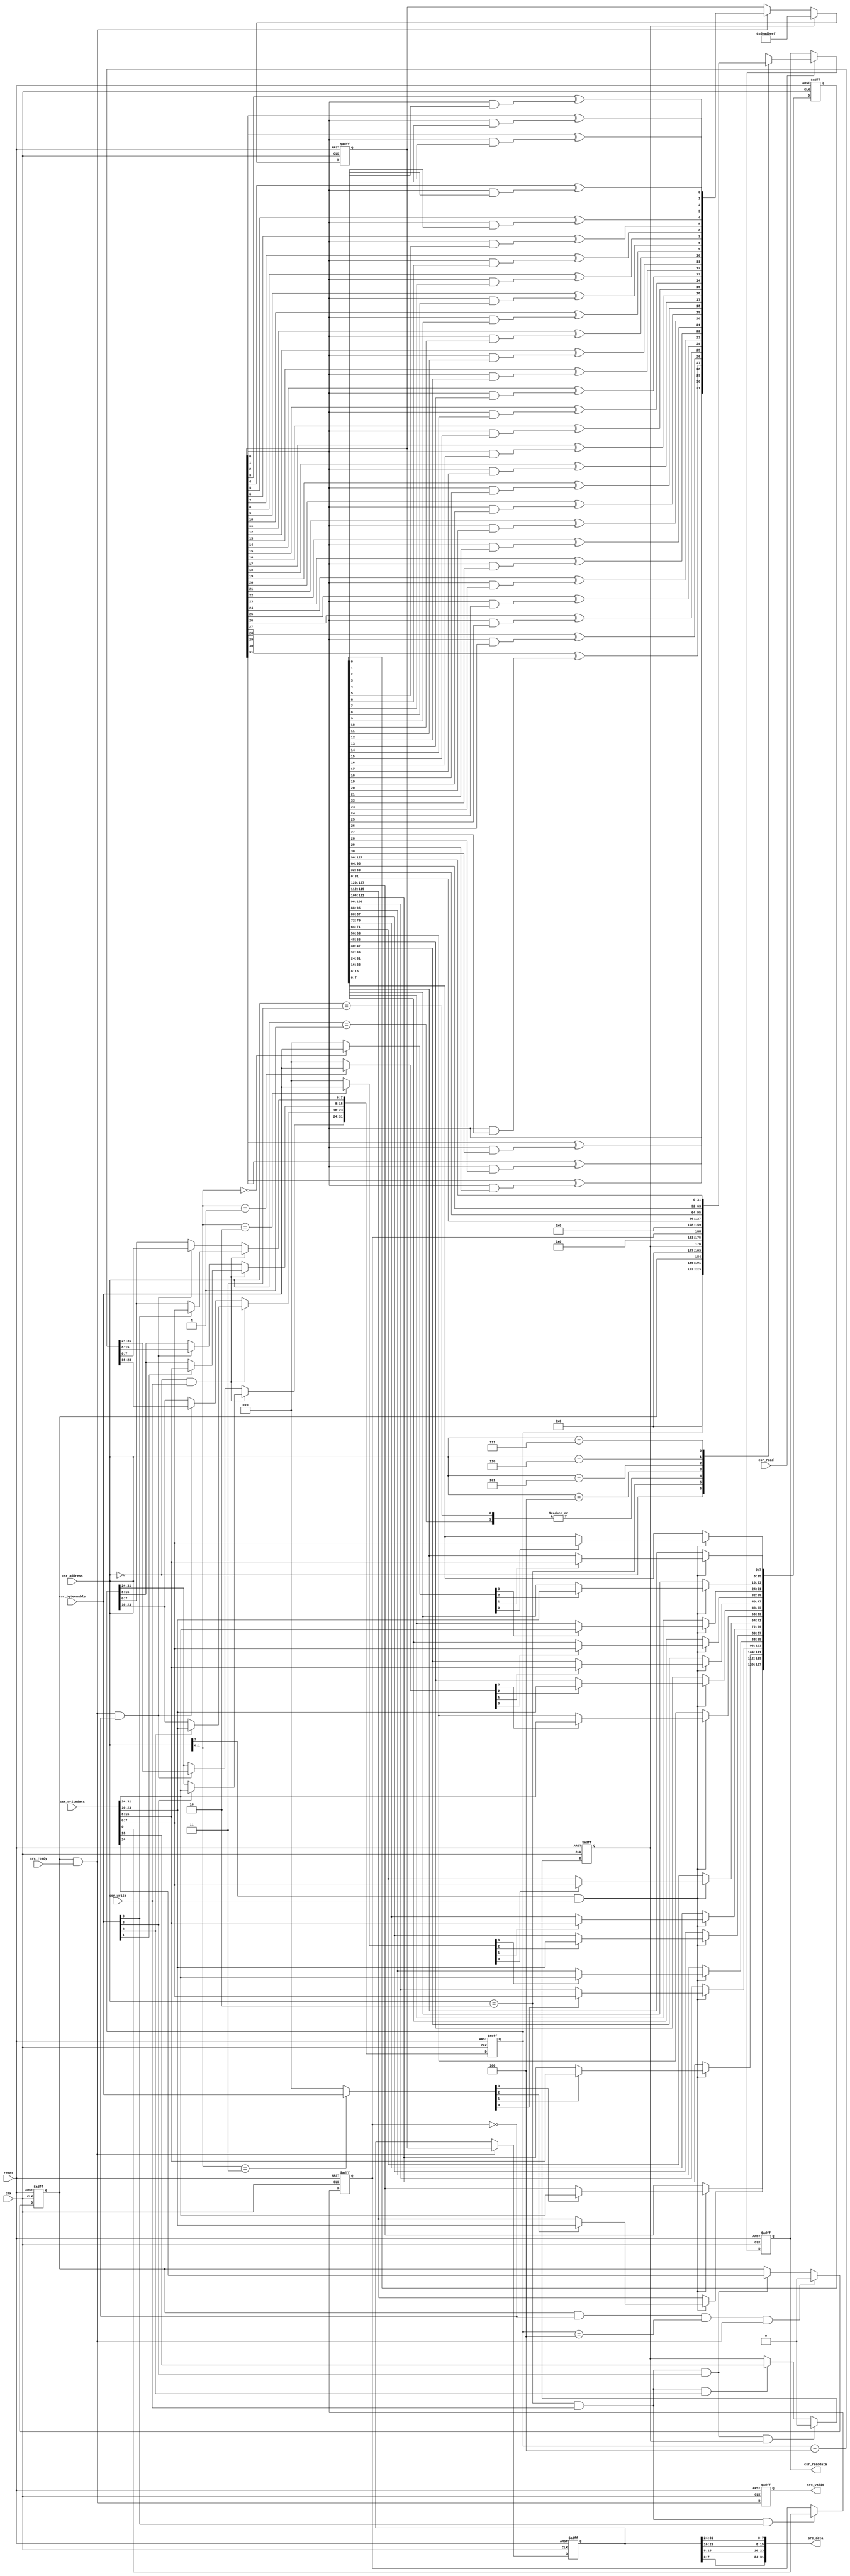
/*

PRBS generator core


Description:  This component is generates various PRBS patterns based on the data width chosen or a custom polynomial of your choosing.  When the host
              writes to the start bit of the CSR slave port the component will begin to send the contents from the PRBS pipeline to the data streaming
              port.  You should use the prbs checker component with this component.
              
              The following polynomials are used by default, you may overwrite them by writing the PRBS Polynomial at run time.  The following polynomials
              are used:
              
              Data width = 16 bits  --> PRBS-16 (taps [16, 14, 13, 11])
              Data width = 32 bits  --> PRBS-32 (taps [32, 30, 26, 25])
              Data width = 64 bits  --> PRBS-64 (taps [64, 63, 61, 60])
              Data width = 128 bits --> PRBS-128 (taps [128, 127, 126, 121])
              
              The PRBS polynomials do not include the implied '1' so if you provide your own custom polynomial do not program the implied '1'.  For example
              the PRBS-128 polynomial of x^128 + x^127 + x^126 + x^121 + 1 programs bits 127, 126, 125, and 120 high and the rest are low.  The generator
              is seeded a hardcoded value based on the data width.

Register map:

|-------------------------------------------------------------------------------------------------------------------------------------------------------|
|  Address   |   Access Type   |                                                            Bits                                                        |
|            |                 |------------------------------------------------------------------------------------------------------------------------|
|            |                 |            31..24            |            23..16            |            15..8            |            7..0            |
|-------------------------------------------------------------------------------------------------------------------------------------------------------|
|     0      |       r/w       |                                                       Payload Length                                                   |
|     4      |       N/A       |                                                            N/A                                                         |
|     8      |       r/w       |                           Run                 Seed Generator                                   Infinite Payload Length |
|     12     |       N/A       |                                                            N/A                                                         |
|     16     |       r/w       |                                                   PRBS Polynomial [31..0]                                              |
|     20     |       r/w       |                                                   PRBS Polynomial [63..32]                                             |
|     24     |       r/w       |                                                   PRBS Polynomial [95..64]                                             |
|     28     |       r/w       |                                                   PRBS Polynomial [127..96]                                            |
|-------------------------------------------------------------------------------------------------------------------------------------------------------|


Address 0  --> Bits 31:0 are used store the payload length as well as read it back while the checker core is operating.  This field should only be written to while
               the checker is stopped.
Address 4  --> <reserved>
Address 8  --> Bit 0 is used tell the checker to ignore the payload length field and generate the pattern until stopped.  The seed generator should be set any time you
               want to start the generator from its original position.  The run field must be accessed at the same time as the other bits or later.
Address 12 --> <reserved>
Address 16 --> PRBS polynomial bits 31-0 (does not include the implied '1' in the polynomial)
Address 20 --> PRBS polynomial bits 63-32
Address 24 --> PRBS polynomial bits 95-64
Address 28 --> PRBS polynomial bits 127-96


*/


// synthesis translate_off
`timescale 1ns / 1ps
// synthesis translate_on

// turn off superfluous verilog processor warnings 
// altera message_level Level1 
// altera message_off 10230


module prbs_pattern_generator (
  clk,
  reset,

  csr_address,
  csr_writedata,
  csr_write,
  csr_readdata,
  csr_read,
  csr_byteenable,

  src_data,
  src_valid,
  src_ready
);


  parameter DATA_WIDTH = 32;          // must be 16, 32, 64, or 128


  localparam NUM_OF_SYMBOLS = DATA_WIDTH / 8;
  localparam POLYNOMIAL_RESET_VALUE = (DATA_WIDTH == 16)? 16'hB400 :                                                    // taps [16, 14, 13, 11]
                                      (DATA_WIDTH == 32)? 32'hA300_0000 :                                                // taps [32, 30, 26, 25]
                                      (DATA_WIDTH == 64)? 64'hD800_0000_0000_0000 : 128'hE100_0000_0000_0000_0000_0000_0000_0000; // taps [64, 63, 61, 60] : taps [128, 127, 126, 121]
  localparam SEED_VALUE = (DATA_WIDTH == 16)? 16'hFACE:
                          (DATA_WIDTH == 32)? 32'hDEAD_BEEF:
                          (DATA_WIDTH == 64)? 64'hFEED_ABBA_BABE_BEEF : 128'hCA11_DEAF_ABBA_BABE_B01D_5CA1_AB1E_FACE;

  input clk;
  input reset;

  input [2:0] csr_address;
  input [31:0] csr_writedata;
  input csr_write;
  output wire [31:0] csr_readdata;
  input csr_read;
  input [3:0] csr_byteenable;

  output wire [DATA_WIDTH-1:0] src_data;
  output wire src_valid;
  input src_ready;

  // interal registers and wires
  reg [31:0] payload_length_counter;
  wire load_payload_length_counter;
  wire [3:0] load_payload_length_counter_lanes;
  reg infinite_payload_length;
  wire load_infinite_payload_length;
  reg seed_generator;
  wire load_seed_generator;
  wire clear_seed_generator;
  reg start;
  wire load_start;
  wire clear_start;
  reg [127:0] polynomial;
  wire load_polynomial;
  wire [15:0] load_polynomial_lanes;
  reg [DATA_WIDTH-1:0] pipeline;
  reg [DATA_WIDTH-1:0] pipeline_d1;
  wire [DATA_WIDTH-1:0] pipeline_input;
  wire pipeline_enable;
  reg pipeline_enable_d1;
  reg [31:0] readback_mux;
  reg [31:0] readback_mux_d1;
  wire decrement_payload_length_counter;



  always @ (posedge clk or posedge reset)
  begin
    if (reset == 1)
    begin
      start <= 0;
    end
    else
    begin
      if (clear_start == 1)
      begin
        start <= 0;
      end
      else if (load_start == 1)
      begin
        start <= csr_writedata[24];
      end
    end
  end


  always @ (posedge clk or posedge reset)
  begin
    if (reset == 1)
    begin
      seed_generator <= 0;
    end
    else
    begin
      if (clear_seed_generator == 1)
      begin
        seed_generator <= 0;
      end
      else if (load_seed_generator == 1)
      begin
        seed_generator <= csr_writedata[16];
      end
    end
  end


  always @ (posedge clk or posedge reset)
  begin
    if (reset == 1)
    begin
      payload_length_counter <= 0;
    end
    else 
    begin
      if (load_payload_length_counter == 1)
      begin
        if (load_payload_length_counter_lanes[0] == 1)
        begin
          payload_length_counter[7:0] <= csr_writedata[7:0];
        end
        if (load_payload_length_counter_lanes[1] == 1)
        begin
          payload_length_counter[15:8] <= csr_writedata[15:8];
        end
        if (load_payload_length_counter_lanes[2] == 1)
        begin
          payload_length_counter[23:16] <= csr_writedata[23:16];
        end
        if (load_payload_length_counter_lanes[3] == 1)
        begin
          payload_length_counter[31:24] <= csr_writedata[31:24];
        end
      end
      else if (decrement_payload_length_counter == 1)
      begin
        payload_length_counter <= payload_length_counter - NUM_OF_SYMBOLS;
      end
    end
  end


  always @ (posedge clk or posedge reset)
  begin
    if (reset == 1)
    begin
      infinite_payload_length <= 0;
    end
    else if (load_infinite_payload_length == 1)
    begin
      infinite_payload_length <= csr_writedata[0];
    end
  end


  always @ (posedge clk or posedge reset)
  begin
    if (reset == 1)
    begin
      polynomial <= POLYNOMIAL_RESET_VALUE;
    end
    else if (load_polynomial == 1)
    begin
      if (load_polynomial_lanes[0] == 1)
      begin
        polynomial[7:0] <= csr_writedata[7:0];
      end
      if (load_polynomial_lanes[1] == 1)
      begin
        polynomial[15:8] <= csr_writedata[15:8];
      end
      if (load_polynomial_lanes[2] == 1)
      begin
        polynomial[23:16] <= csr_writedata[23:16];
      end
      if (load_polynomial_lanes[3] == 1)
      begin
        polynomial[31:24] <= csr_writedata[31:24];
      end

      if (load_polynomial_lanes[4] == 1)
      begin
        polynomial[39:32] <= csr_writedata[7:0];
      end
      if (load_polynomial_lanes[5] == 1)
      begin
        polynomial[47:40] <= csr_writedata[15:8];
      end
      if (load_polynomial_lanes[6] == 1)
      begin
        polynomial[55:48] <= csr_writedata[23:16];
      end
      if (load_polynomial_lanes[7] == 1)
      begin
        polynomial[63:56] <= csr_writedata[31:24];
      end

      if (load_polynomial_lanes[8] == 1)
      begin
        polynomial[71:64] <= csr_writedata[7:0];
      end
      if (load_polynomial_lanes[9] == 1)
      begin
        polynomial[79:72] <= csr_writedata[15:8];
      end
      if (load_polynomial_lanes[10] == 1)
      begin
        polynomial[87:80] <= csr_writedata[23:16];
      end
      if (load_polynomial_lanes[11] == 1)
      begin
        polynomial[95:88] <= csr_writedata[31:24];
      end

      if (load_polynomial_lanes[12] == 1)
      begin
        polynomial[103:96] <= csr_writedata[7:0];
      end
      if (load_polynomial_lanes[13] == 1)
      begin
        polynomial[111:104] <= csr_writedata[15:8];
      end
      if (load_polynomial_lanes[14] == 1)
      begin
        polynomial[119:112] <= csr_writedata[23:16];
      end
      if (load_polynomial_lanes[15] == 1)
      begin
        polynomial[127:120] <= csr_writedata[31:24];
      end
    end
  end


  always @ (posedge clk or posedge reset)
  begin
    if (reset == 1)
    begin
      pipeline <= SEED_VALUE;
    end
    else
    begin
      if (seed_generator == 1)
      begin
        pipeline <= SEED_VALUE;
      end
      else if (pipeline_enable == 1)
      begin
        pipeline <= pipeline_input;
      end
    end
  end


  always @ (posedge clk or posedge reset)
  begin
    if (reset == 1)
    begin
      pipeline_d1 <= 0;
    end
    else if (pipeline_enable == 1)
    begin
      pipeline_d1 <= pipeline;
    end
  end


  always @ (posedge clk or posedge reset)
  begin
    if (reset == 1)
    begin
      pipeline_enable_d1 <= 0;
    end
    else
    begin
      pipeline_enable_d1 <= pipeline_enable;
    end
  end


  always @ (posedge clk or posedge reset)
  begin
    if (reset == 1)
    begin
      readback_mux_d1 <= 0;
    end
    else if (csr_read == 1)
    begin
      readback_mux_d1 <= readback_mux;
    end
  end



  always @ (csr_address or payload_length_counter or polynomial or infinite_payload_length or start or seed_generator)
  begin
    case (csr_address)
      3'b000: readback_mux = payload_length_counter;
      3'b001: readback_mux = {32{1'b0}};
      3'b010: readback_mux = {{7{1'b0}}, start, {7{1'b0}}, seed_generator, {15{1'b0}}, infinite_payload_length};
      3'b011: readback_mux = {32{1'b0}};
      3'b100: readback_mux = polynomial[31:0];
      3'b101: readback_mux = polynomial[63:32];
      3'b110: readback_mux = polynomial[95:64];
      3'b111: readback_mux = polynomial[127:96];
    endcase
  end


// LSFR input data for all the pipeline stages
genvar d;
generate
  for (d = 0; d < (DATA_WIDTH-1); d = d + 1)  // highest order pipeline input will be generated independent of this loop 
  begin: pipeline_taps
    assign pipeline_input[d] = pipeline[d+1] ^ (pipeline[0] & polynomial[d]);
  end
endgenerate
  assign pipeline_input[DATA_WIDTH-1] = pipeline[0];


genvar i;
generate
  for (i = 0; i < NUM_OF_SYMBOLS; i = i + 1)
  begin : byte_reversal
    assign src_data[((8*(i+1))-1):(8*i)] = pipeline_d1[((8*((NUM_OF_SYMBOLS-1-i)+1))-1):(8*(NUM_OF_SYMBOLS-1-i))];
  end
endgenerate



  assign load_payload_length_counter = (csr_address == 0) & (csr_write == 1);
  assign load_payload_length_counter_lanes = csr_byteenable;

  assign load_infinite_payload_length = (csr_address == 2) & (csr_write == 1) & (csr_byteenable[0] == 1);
  assign load_start = (csr_address == 2) & (csr_write == 1) & (csr_byteenable[3] == 1);

  assign load_seed_generator = (csr_address == 2) & (csr_write == 1) & (csr_byteenable[2] == 1);
  assign clear_seed_generator = (load_start == 1) & (seed_generator == 1);

  assign load_polynomial = (csr_address[2] == 1) & (csr_write == 1);
  assign load_polynomial_lanes[3:0] = (csr_address[1:0] == 0)? csr_byteenable : 0;
  assign load_polynomial_lanes[7:4] = (csr_address[1:0] == 1)? csr_byteenable : 0;
  assign load_polynomial_lanes[11:8] = (csr_address[1:0] == 2)? csr_byteenable : 0;
  assign load_polynomial_lanes[15:12] = (csr_address[1:0] == 3)? csr_byteenable : 0;

  assign pipeline_enable = (start == 1) & (src_ready == 1);
  assign decrement_payload_length_counter = (start == 1) & (src_ready == 1) & (infinite_payload_length == 0);
  assign clear_start = (start == 1) & (infinite_payload_length == 0) & (payload_length_counter == NUM_OF_SYMBOLS) & (pipeline_enable == 1);
  assign src_valid = (pipeline_enable_d1 == 1);

  assign csr_readdata = readback_mux_d1;


endmodule